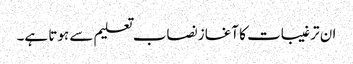
ان ترغیبات کا آغاز نصاب تعلیم سے ہوتا ہے۔